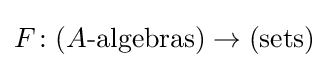
F\colon (A{\text{-algebras}})\to ({\text{sets}})